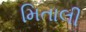
મિતાલી